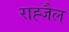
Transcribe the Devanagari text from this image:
राह्जैल